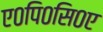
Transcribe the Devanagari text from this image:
ए०पि०सि०ए